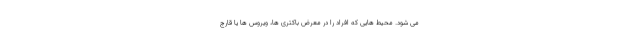
می شود. محیط هایی که افراد را در معرض باکتری ها، ویروس ها یا قارچ